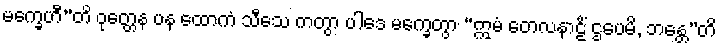
မက္ခေဟီ”တိ ဝုတ္တေန ပန ထောကံ သီသေ ကတွာ ပါဒေ မက္ခေတွာ “ဣမံ တေလနာဠိံ ဌပေမိ, ဘန္တေ”တိ